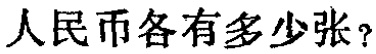
人民币各有多少张？